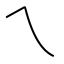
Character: ㇝